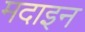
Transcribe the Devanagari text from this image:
मदाइन